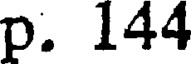
p. 144